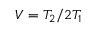
V = T _ { 2 } / 2 T _ { 1 }